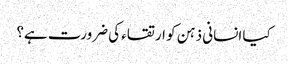
کیا انسانی ذہن کو ارتقاء کی ضرورت ہے؟